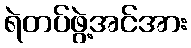
ရဲတပ်ဖွဲ့အင်အား